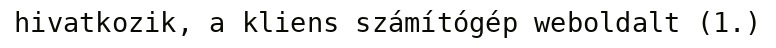
hivatkozik, a kliens számítógép weboldalt (1.)